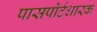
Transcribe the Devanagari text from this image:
पासपोर्टधारक